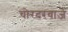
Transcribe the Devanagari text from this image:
चोरदरवाज़े